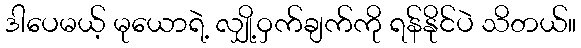
ဒါပေမယ့် မုယောရဲ့ လျှို့ဝှက်ချက်ကို ရန်နိုင်ပဲ သိတယ်။